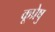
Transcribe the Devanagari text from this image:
कूप्रेषु